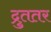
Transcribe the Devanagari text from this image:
द्रुततर